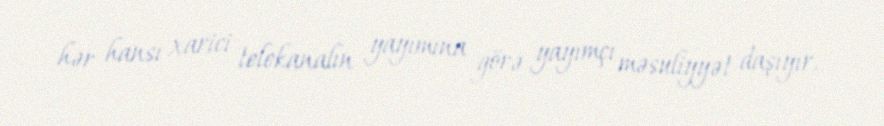
hər hansı xarici telekanalın yayımına görə yayımçı məsuliyyət daşıyır.